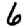
Digit: 6